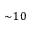
\sim \! 1 0